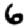
Digit: 6